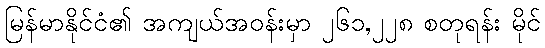
မြန်မာနိုင်ငံ၏ အကျယ်အဝန်းမှာ ၂၆၁,၂၂၈ စတုရန်း မိုင်